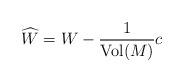
LaTeX: \begin{align*}\widehat{W}=W-\frac{1}{\mathrm{Vol}(M)}c\end{align*}